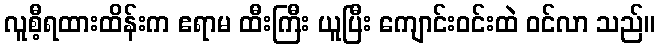
လူစီ့ရထားထိန်းက ဧရာမ ထီးကြီး ယူပြီး ကျောင်းဝင်းထဲ ဝင်လာ သည်။